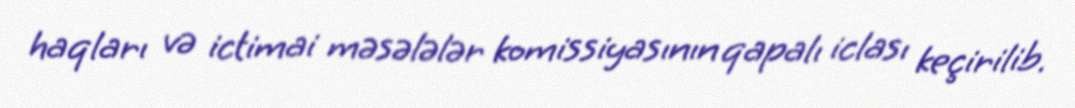
haqları və ictimai məsələlər komissiyasının qapalı iclası keçirilib.